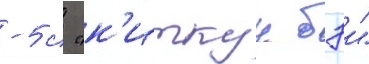
-5 с "к'иткун бэи"